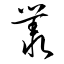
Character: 叢